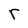
Character: r